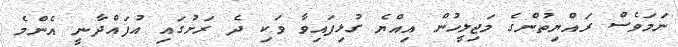
ނަމަވެސް ރައްޔިތުންގެ މަޖިލީހުން އިއްޔެ ގުޅިފައިވާ ވަކި ދެ ރަށުގައި އުފައްދާނީ އެންމެ